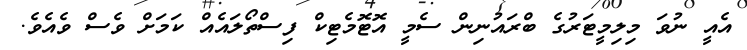
އެއީ ނުވަ މިލިމީޓަރުގެ ބްރައުނިން ސެމީ އޮޓޮމެޓިކް ފިސްތޯލައެއް ކަމަށް ވެސް ވެއެވެ.